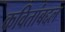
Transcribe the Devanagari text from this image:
कवितांबद्दल